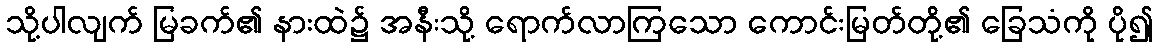
သို့ပါလျက် မြခက်၏ နားထဲ၌ အနီးသို့ ရောက်လာကြသော ကောင်းမြတ်တို့၏ ခြေသံကို ပို၍